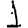
Digit: 1